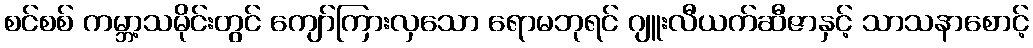
စင်စစ် ကမ္ဘာ့သမိုင်းတွင် ကျော်ကြားလှသော ရောမဘုရင် ဂျူးလီယက်ဆီဇာနှင့် သာသနာစောင့်